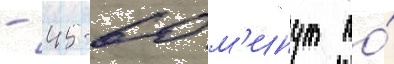
- 45-60 м'инут по́